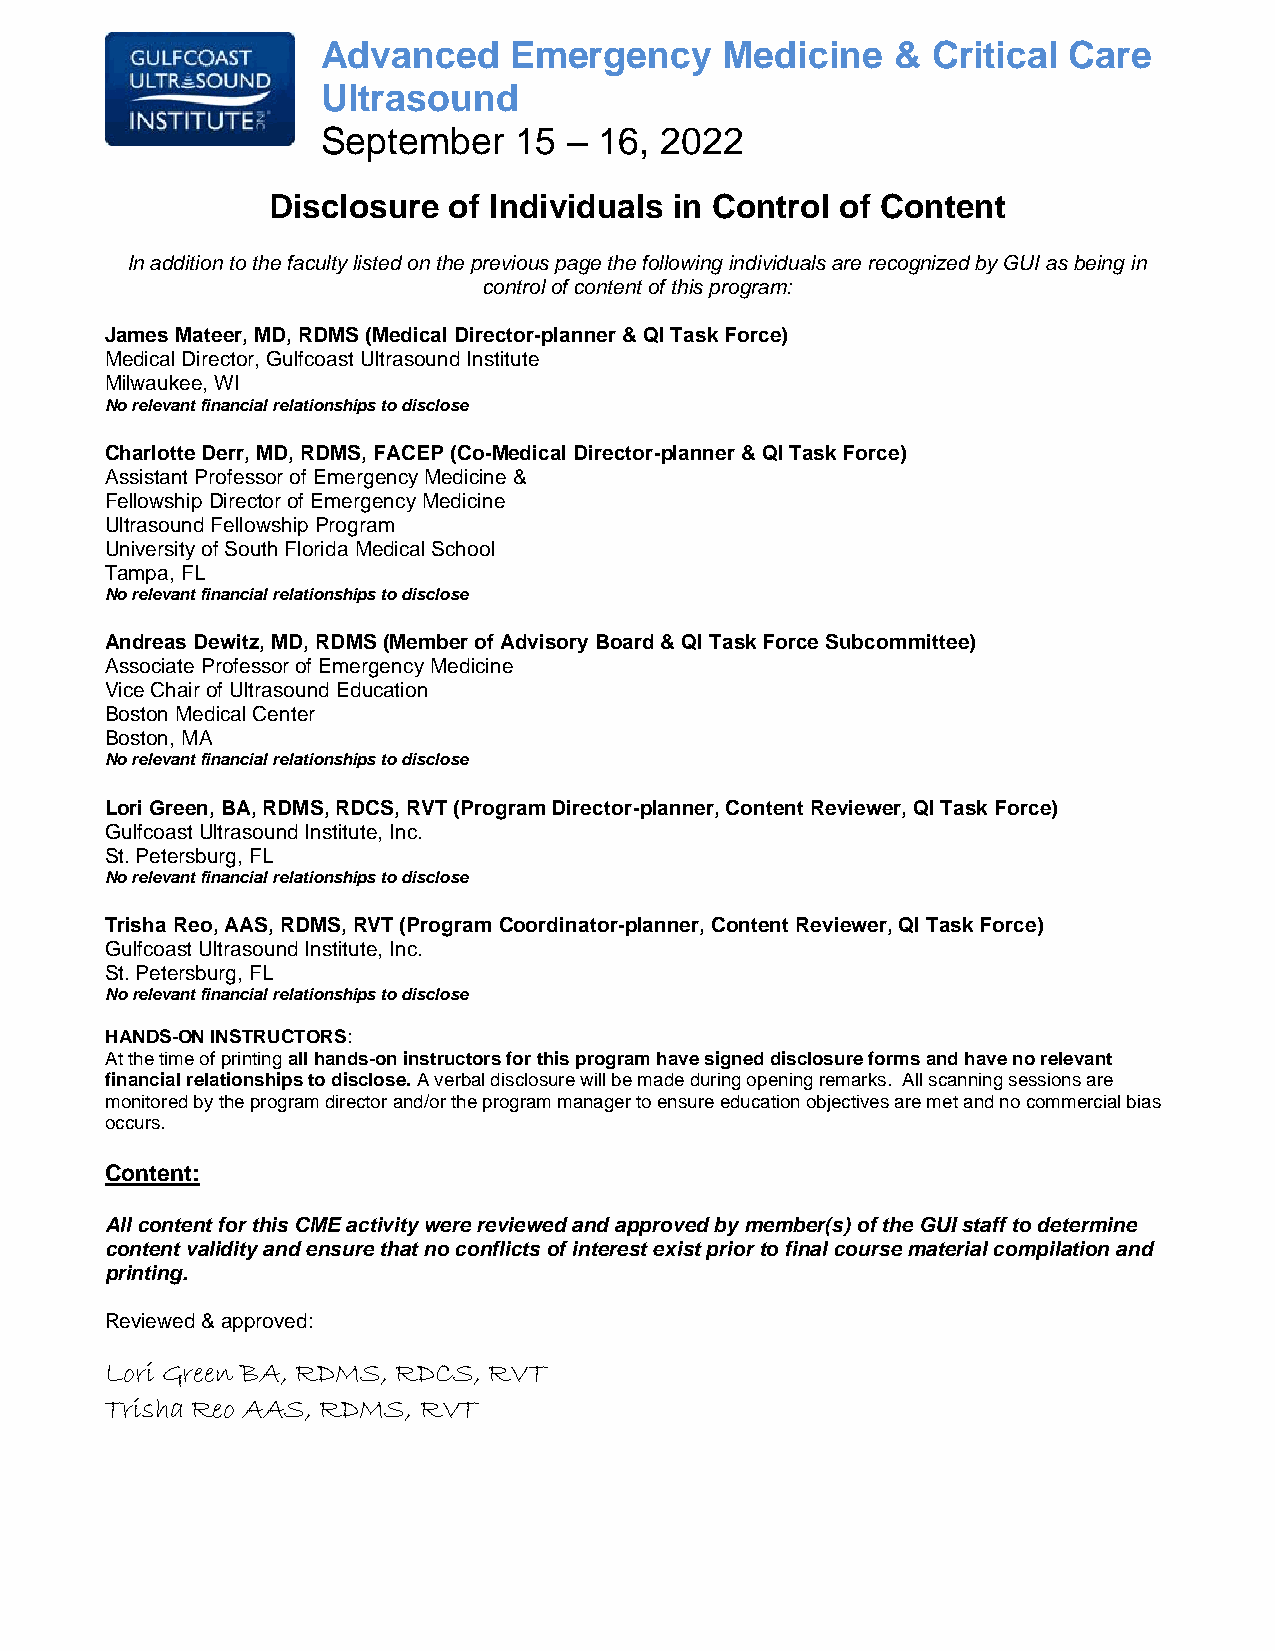
Advanced     Emergency     Medicine   &  Critical Care
 Ultrasound
 September    15  – 16, 2022
 Disclosure  of Individuals in Control of Content
 In addition to the faculty listed on the previous page the following individuals are recognized by GUI as being in
 control of content of this program:
 James Mateer, MD, RDMS (Medical Director-planner & QI Task Force)
 Medical Director, Gulfcoast Ultrasound Institute
 Milwaukee, WI
 No relevant financial relationships to disclose
 Charlotte Derr, MD, RDMS, FACEP (Co-Medical Director-planner & QI Task Force)
 Assistant Professor of Emergency Medicine &
 Fellowship Director of Emergency Medicine
 Ultrasound Fellowship Program
 University of South Florida Medical School
 Tampa, FL
 No relevant financial relationships to disclose
 Andreas Dewitz, MD, RDMS (Member of Advisory Board & QI Task Force Subcommittee)
 Associate Professor of Emergency Medicine
 Vice Chair of Ultrasound Education
 Boston Medical Center
 Boston, MA
 No relevant financial relationships to disclose
 Lori Green, BA, RDMS, RDCS, RVT (Program Director-planner, Content Reviewer, QI Task Force)
 Gulfcoast Ultrasound Institute, Inc.
 St. Petersburg, FL
 No relevant financial relationships to disclose
 Trisha Reo, AAS, RDMS, RVT (Program Coordinator-planner, Content Reviewer, QI Task Force)
 Gulfcoast Ultrasound Institute, Inc.
 St. Petersburg, FL
 No relevant financial relationships to disclose
 HANDS-ON INSTRUCTORS:
 At the time of printing all hands-on instructors for this program have signed disclosure forms and have no relevant
 financial relationships to disclose. A verbal disclosure will be made during opening remarks. All scanning sessions are
 monitored by the program director and/or the program manager to ensure education objectives are met and no commercial bias
 occurs.
 Content:
 All content for this CME activity were reviewed and approved by member(s) of the GUI staff to determine
 content validity and ensure that no conflicts of interest exist prior to final course material compilation and
 printing.
 Reviewed & approved:
 Lori Green BA, RDMS, RDCS, RVT
 Trisha Reo AAS, RDMS, RVT